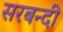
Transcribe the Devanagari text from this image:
सरबन्दी